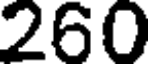
260